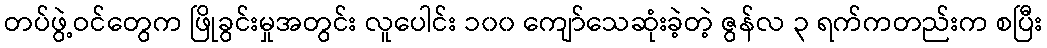
တပ်ဖွဲ့ဝင်တွေက ဖြိုခွင်းမှုအတွင်း လူပေါင်း ၁၀၀ ကျော်သေဆုံးခဲ့တဲ့ ဇွန်လ ၃ ရက်ကတည်းက စပြီး